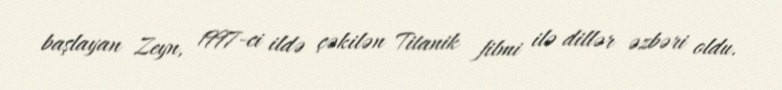
başlayan Zeyn, 1997-ci ildə çəkilən Titanik filmi ilə dillər əzbəri oldu.